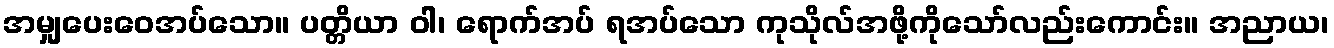
အမျှပေးဝေအပ်သော။ ပတ္တိယာ ဝါ၊ ရောက်အပ် ရအပ်သော ကုသိုလ်အဖို့ကိုသော်လည်းကောင်း။ အညာယ၊